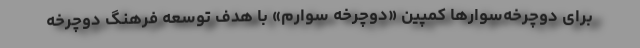
برای دوچرخه‌سوارها کمپین «دوچرخه سوارم» با هدف توسعه فرهنگ دوچرخه